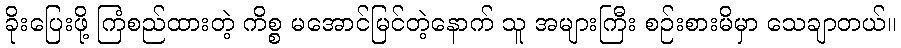
ခိုးပြေးဖို့ ကြံစည်ထားတဲ့ ကိစ္စ မအောင်မြင်တဲ့နောက် သူ အများကြီး စဉ်းစားမိမှာ သေချာတယ်။